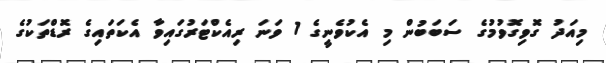
މިއަދު ގޮވިގޮވުމުގެ ސަބަބުން މި އެކުވެނީގެ 1 ވަނަ ރިއެކްޓަރުގައިވާ އެކަތައިގެ ރޮޑްތަކުގެ